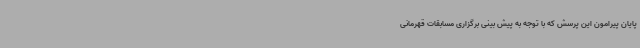
پایان پیرامون این پرسش که با توجه به پیش بینی برگزاری مسابقات قهرمانی